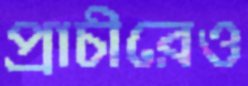
প্রাচীরেও